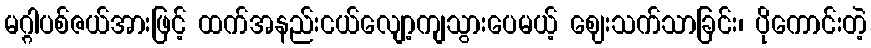
မဂ္ဂါပစ်ဇယ်အားဖြင့် ထက်အနည်းငယ်လျော့ကျသွားပေမယ့် ဈေးသက်သာခြင်း၊ ပိုကောင်းတဲ့